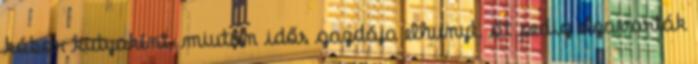
kóbor kutyaként, miután idős gazdája elhunyt, őt pedig elzavarták